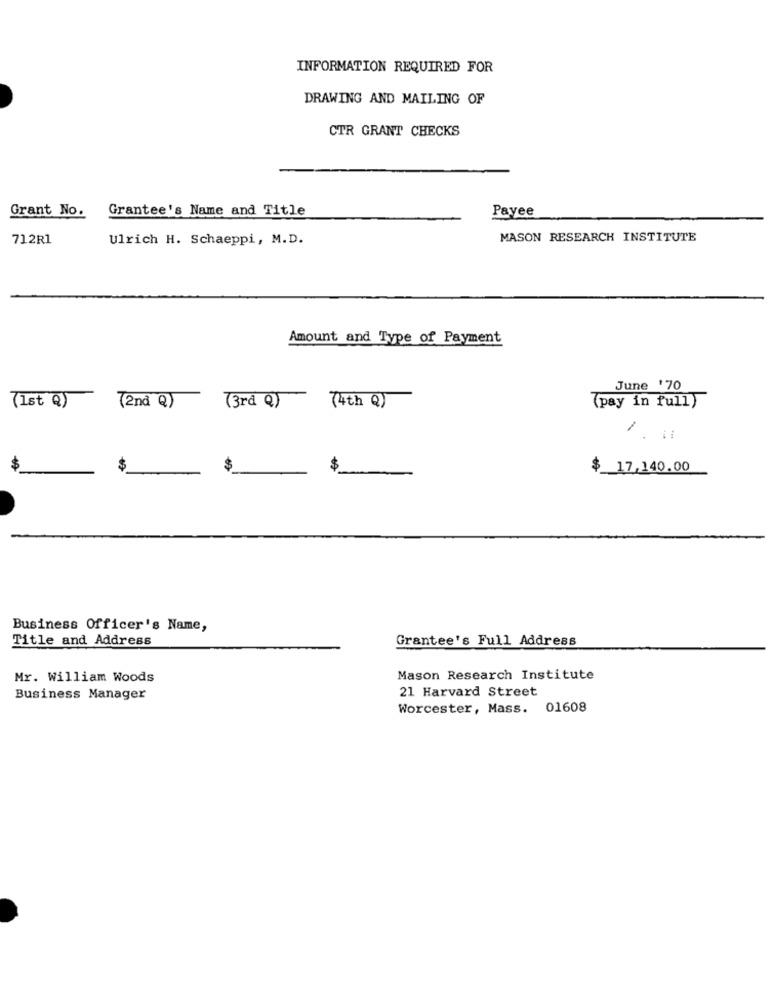
INFORMATION REQUIRED FOR
DRAWING AND MAILING OF
CTR GRANT CHECKS
Grant No.
Grantee's Name and Title
Payee
712R1
Ulrich H. Schaeppi, M.D.
MASON RESEARCH INSTITUTE
Amount and Type of Payment
June '70
(3rd Q)
(1st Q)
(2nd Q
(4th Q)
(pay in full)
7 . 11
$
$
$
$
$ 17,140.00
Business Officer's Name,
Title and Address
Grantee's Full Address
Mr. William Woods
Mason Research Institute
21 Harvard Street
Business Manager
Worcester, Mass.
01608